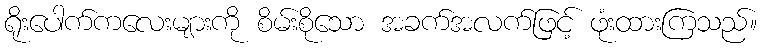
ရိုးပေါက်ကလေးများကို စိမ်းစိုသော အခက်အလက်ဖြင့် ဖုံးထားကြသည်။